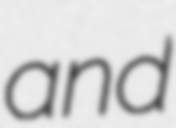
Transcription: and